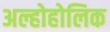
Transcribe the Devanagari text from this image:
अल्होहोलिक